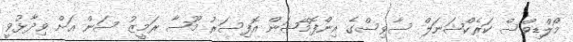
މޯލްޑިވްސް ކަރެކްޝަނަލް ސާވިސްގެ އިންފޮމޭޝަން އޮފިސަރު މޫސާ ރަމީޒު ސަން އަށް ވިދާޅުވީ